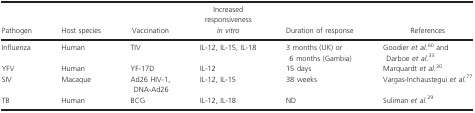
<table><thead><tr><td><b>Pathogen</b></td><td><b>Host species</b></td><td><b>Vaccination</b></td><td><b>Increased responsiveness <i>in vitro</i></b></td><td><b>Duration of response</b></td><td><b>References</b></td></tr></thead><tbody><tr><td>Influenza</td><td>Human</td><td>TIV</td><td>IL‐12, IL‐15, IL‐18</td><td>3 months (UK) or 6 months (Gambia)</td><td>Goodier <i>et al</i>.60 and Darboe <i>et al</i>.33</td></tr><tr><td>YFV</td><td>Human</td><td>YF‐17D</td><td>IL‐12</td><td>15 days</td><td>Marquardt <i>et al</i>.30</td></tr><tr><td>SIV</td><td>Macaque</td><td>Ad26 HIV‐1, DNA‐Ad26</td><td>IL‐12, IL‐15</td><td>38 weeks</td><td>Vargas‐Inchaustegui <i>et al</i>.77</td></tr><tr><td>TB</td><td>Human</td><td>BCG</td><td>IL‐12, IL‐18</td><td>ND</td><td>Suliman <i>et al</i>.29</td></tr></tbody></table>